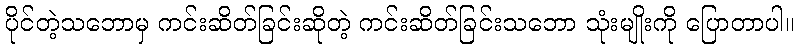
ပိုင်တဲ့သဘောမှ ကင်းဆိတ်ခြင်းဆိုတဲ့ ကင်းဆိတ်ခြင်းသဘော သုံးမျိုးကို ပြောတာပါ။